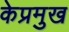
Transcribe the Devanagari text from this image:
केप्रमुख